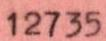
12735